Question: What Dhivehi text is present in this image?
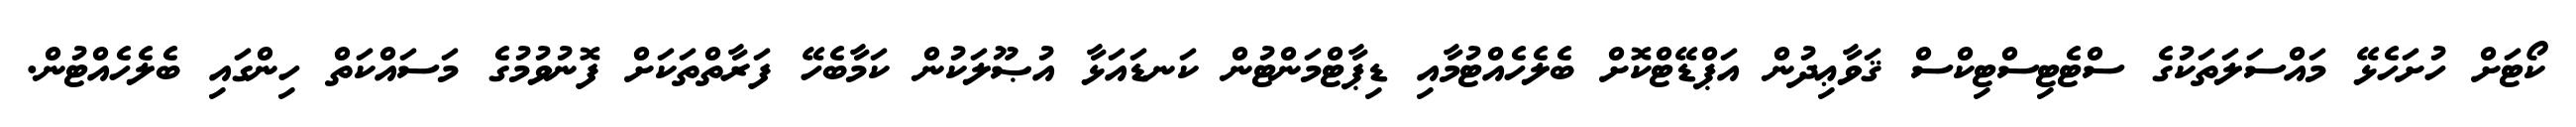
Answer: ކޯޓަށް ހުށަހެޅޭ މައްސަލަތަކުގެ ސްޓެޓިސްޓިކްސް ޤަވާޢިދުން އަޕްޑޭޓްކޮށް ބެލެހެއްޓުމާއި ޑިޕާޓްމަންޓުން ކަނޑައަޅާ އުޞޫލަކުން ކަމާބެހޭ ފަރާތްތަކަށް ފޮނުވުމުގެ މަސައްކަތް ހިންގައި ބެލެހެއްޓުން.